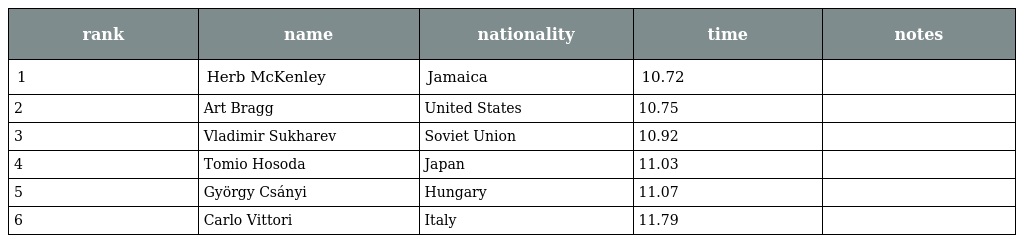
| rank | name | nationality | time | notes |
 | --- | --- | --- | --- | --- |
 | 1 | Herb McKenley | Jamaica | 10.72 |  |
 | 2 | Art Bragg | United States | 10.75 |  |
 | 3 | Vladimir Sukharev | Soviet Union | 10.92 |  |
 | 4 | Tomio Hosoda | Japan | 11.03 |  |
 | 5 | György Csányi | Hungary | 11.07 |  |
 | 6 | Carlo Vittori | Italy | 11.79 |  |